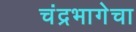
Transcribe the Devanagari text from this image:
चंद्रभागेचा